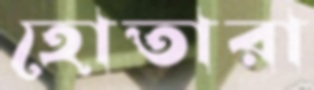
হোতারা